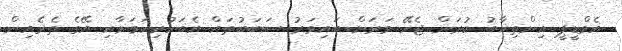
އެމްޑީޕީ އިންތިޚާބު ކުރަން ޖެހޭ ވަރަށް ބައިވަރު ސަބަބުތައް އެބަހުރިކަމަށާއި އޭގެ ތެރެއިން